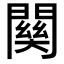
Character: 𮤚